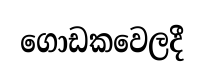
ගොඩකවෙලදී